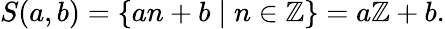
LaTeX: S(a,b)=\{ an+b\mid n\in\mathbb{Z}\} =a\mathbb{Z}+b.